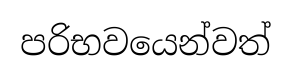
පරිභවයෙන්වත්